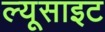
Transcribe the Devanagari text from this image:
ल्यूसाइट